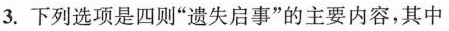
3.下列选项是四则”遗失启事”的主要内容，其中